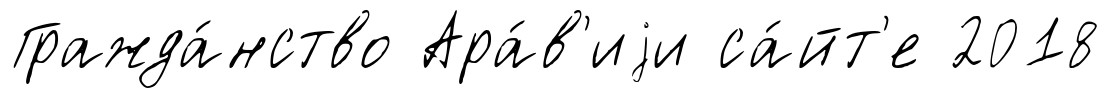
Гражда́нство Ара́в'иjи са́йт'е 2018